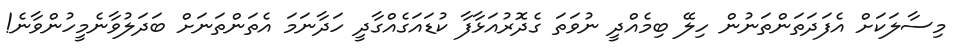
މިސާލަކަށް އެފަދަތަންތަނުން ހިލޭ ބިމެއްދީ ނުވަތަ ގެދޮރުއަޅާފާ ކުޑައަގެއްގާދީ ހަދާނަމަ އެތަންތަނަށް ބަދަލުވާނެމީހުންވާނެ!